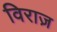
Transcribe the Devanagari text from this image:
विराज़